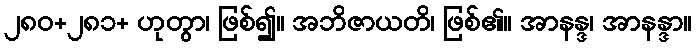
၂၈၀+၂၈၁+ ဟုတွာ၊ ဖြစ်၍။ အဘိဇာယတိ၊ ဖြစ်၏။ အာနန္ဒ၊ အာနန္ဒာ။